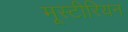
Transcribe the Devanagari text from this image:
मूस्टीरियन